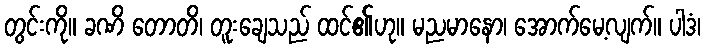
တွင်းကို။ ခဏိ တောတိ၊ တူးချေသည် ထင်၏ဟု။ မညမာနော၊ အောက်မေ့လျက်။ ပါဒံ၊